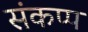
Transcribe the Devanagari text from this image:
संकप्प